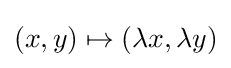
(x,y)\mapsto (\lambda x,\lambda y)